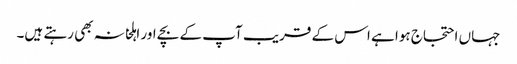
جہاں احتجاج ہوا ہے اس کے قریب آپ کے بچے اور اہلخانہ بھی رہتے ہیں۔